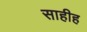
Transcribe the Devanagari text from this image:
साहीह